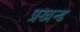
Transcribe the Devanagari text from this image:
प्रखन्ड